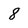
Character: 8